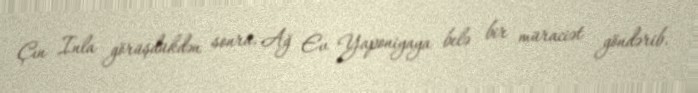
Çın Inla görüşdükdən sonra, Ağ Ev Yaponiyaya belə bir müraciət göndərib.